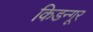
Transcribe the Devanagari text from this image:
किडन्गूर